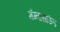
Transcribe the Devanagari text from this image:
मॅग्नासाऊंड